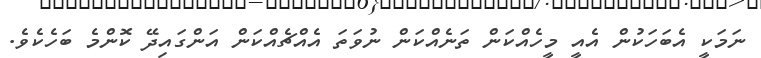
ނަމަކީ އެބަހަކުން އެއީ މީހެއްކަން ތަނެއްކަން ނުވަތަ އެއްޗެއްކަން އަންގައިދޭ ކޮންމެ ބަހެކެވެ.